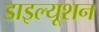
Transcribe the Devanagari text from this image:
डाइल्यूशन